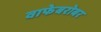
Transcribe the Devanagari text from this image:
वाफेबरोबर